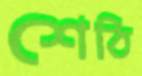
শেঠি